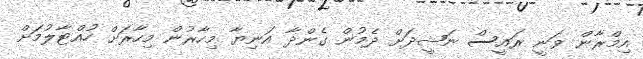
އިމްރާން ވަނީ ރައީސް ނަޝީދަށް ދެމުން ގެންދާ އަނިޔާ މިހާރުން މިހާރަށް ހުއްޓާލުމަށް